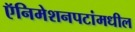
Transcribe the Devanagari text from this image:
ऍनिमेशनपटांमधील